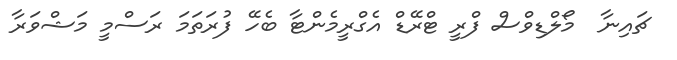
ޗައިނާ  މޯލްޑިވްސް ފްރީ ޓްރޭޑް އެގްރީމެންޓާ ބެހޭ ފުރަތަމަ ރަސްމީ މަޝްވަރާ